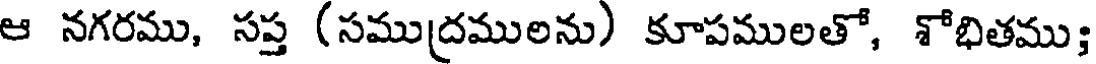
ఆ నగరము, సప్త (సముద్రములను) కూపములతో, శోభితము;